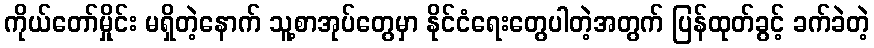
ကိုယ်တော်မှိုင်း မရှိတဲ့နောက် သူ့စာအုပ်တွေမှာ နိုင်ငံရေးတွေပါတဲ့အတွက် ပြန်ထုတ်ခွင့် ခက်ခဲတဲ့